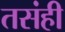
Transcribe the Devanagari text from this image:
तसंही